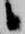
候